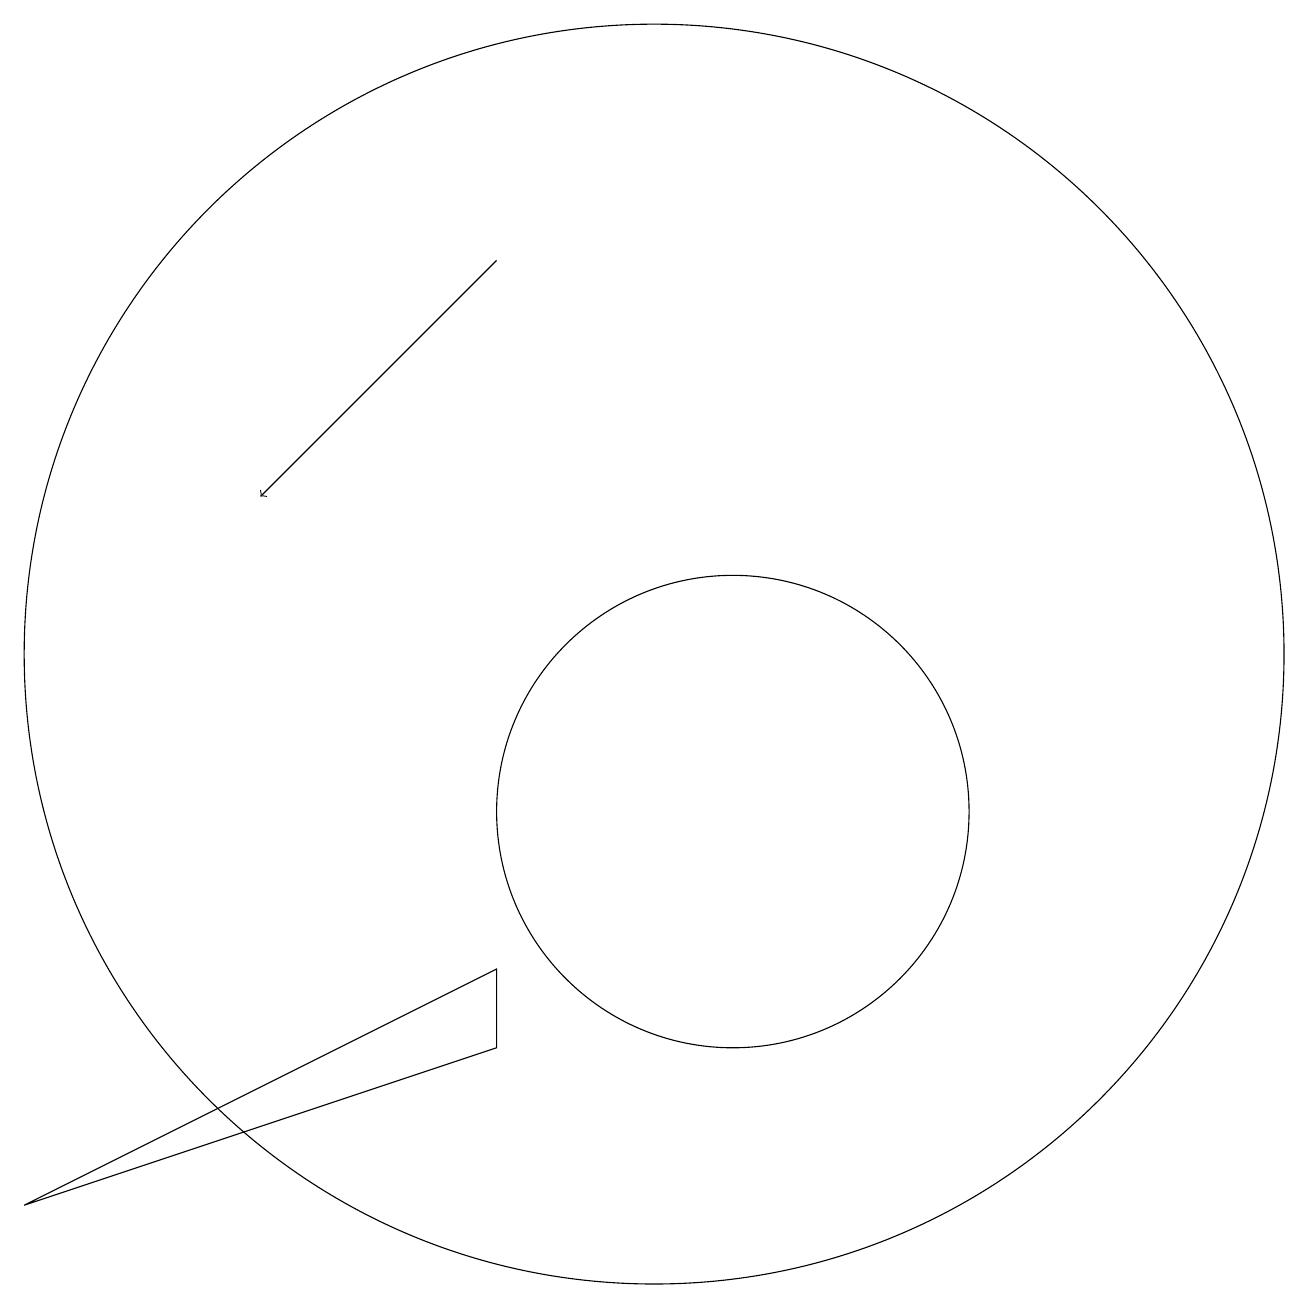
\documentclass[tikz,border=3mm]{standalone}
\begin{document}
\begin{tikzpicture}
\draw[->] (9,17) -- (6,14);
\draw (12,10) circle (3);
\draw (11,12) circle (8);
\draw (9,8) -- (3,5) -- (9,7) -- cycle;
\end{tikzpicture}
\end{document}